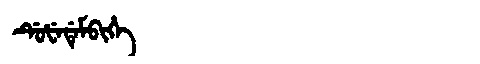
Manchu: ᡩᡠᡶᡝᡩᡝᠮᠪᡳᡥᡝ
Romanization: DUFEDEMBIHE